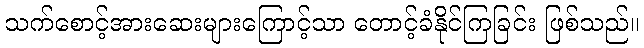
သက်စောင့်အားဆေးများကြောင့်သာ တောင့်ခံနိုင်ကြခြင်း ဖြစ်သည်။